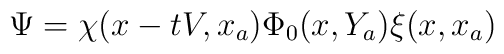
\Psi = \chi (x - t V, x _ a ) \Phi _ 0 ( x , Y _ a ) \xi ( x , x _ a )